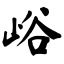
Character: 峪